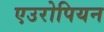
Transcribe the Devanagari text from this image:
एउरोपियन